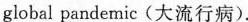
global pandemic(大流行病).